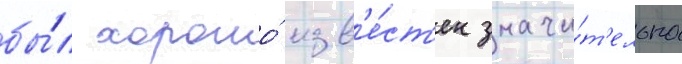
бы́л хорошо́ изв'е́ст'ен значи́т'ельно